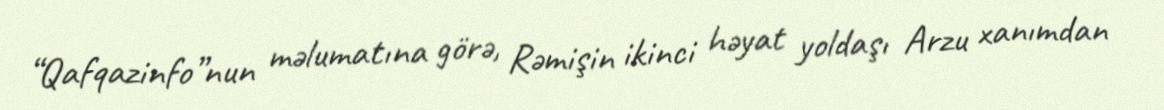
“Qafqazinfo”nun məlumatına görə, Rəmişin ikinci həyat yoldaşı Arzu xanımdan